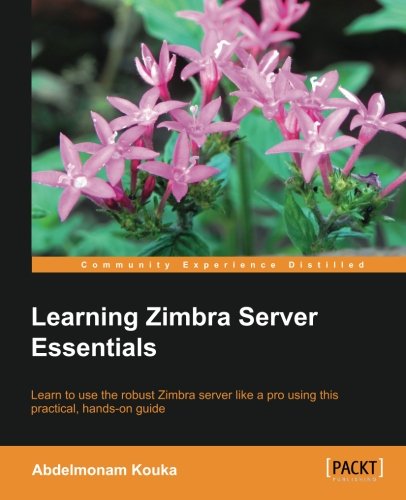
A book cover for Learning Zimbra Server Essentials; Abdelmonam Kouka; Computers & Technology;